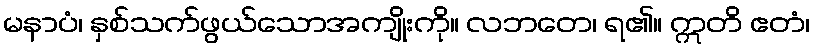
မနာပံ၊ နှစ်သက်ဖွယ်သောအကျိုးကို။ လဘတေ၊ ရ၏။ ဣတိ ဧတံ၊